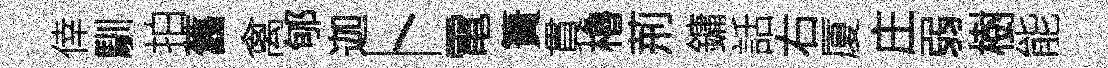
倖馴拍舊禽郇迦卜電簣貫櫓荊鏞話右厦庄弱樹能